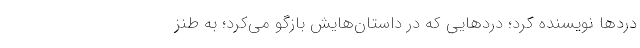
دردها نویسنده کرد؛ دردهایی که در داستان‌هایش بازگو می‌کرد؛ به طنز